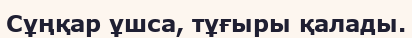
Сұңқар ұшса, тұғыры қалады.